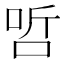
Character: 𠳇